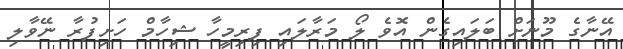
އޭނާގެ މޫނަށް ބަލައިގެން އޮވެ ލޯ މަރާލައި ފިރިމީހާ ޝިހާމް ހަށިފުރާ ނޭވާލި